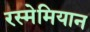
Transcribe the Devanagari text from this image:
रस्मेमियान